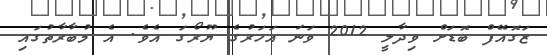
ޒަގޮއޭފް ބޮޑަށް ވިދާލީ 2012 ވަނަ އަހަރުގެ ޔޫރޯގަ އެވެ. އެ މުބާރާތުގައި